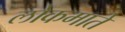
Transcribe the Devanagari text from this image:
लोकमाते